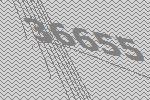
36655